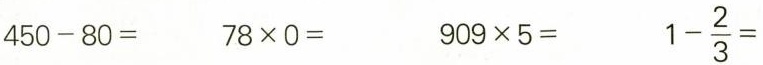
$$4 5 0 - 8 0 =$$ $$7 8 \times 0 =$$ $$9 0 9 \times 5 =$$ $$1 - \frac { 2 } { 3 } =$$